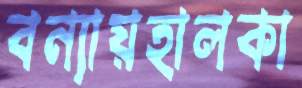
বন্যায়হালকা